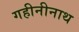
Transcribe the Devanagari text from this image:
गहीनीनाथ